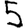
Digit: 5